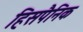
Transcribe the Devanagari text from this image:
हिसपैनिक